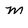
Character: M